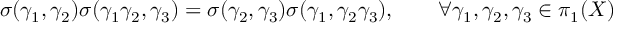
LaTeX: \sigma ( \gamma _ { 1 } , \gamma _ { 2 } ) \sigma ( \gamma _ { 1 } \gamma _ { 2 } , \gamma _ { 3 } ) = \sigma ( \gamma _ { 2 } , \gamma _ { 3 } ) \sigma ( \gamma _ { 1 } , \gamma _ { 2 } \gamma _ { 3 } ) , \qquad \forall \gamma _ { 1 } , \gamma _ { 2 } , \gamma _ { 3 } \in \pi _ { 1 } ( X )